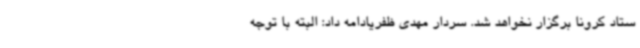
ستاد کرونا برگزار نخواهد شد. سردار مهدی ظفریادامه داد: البته با توجه